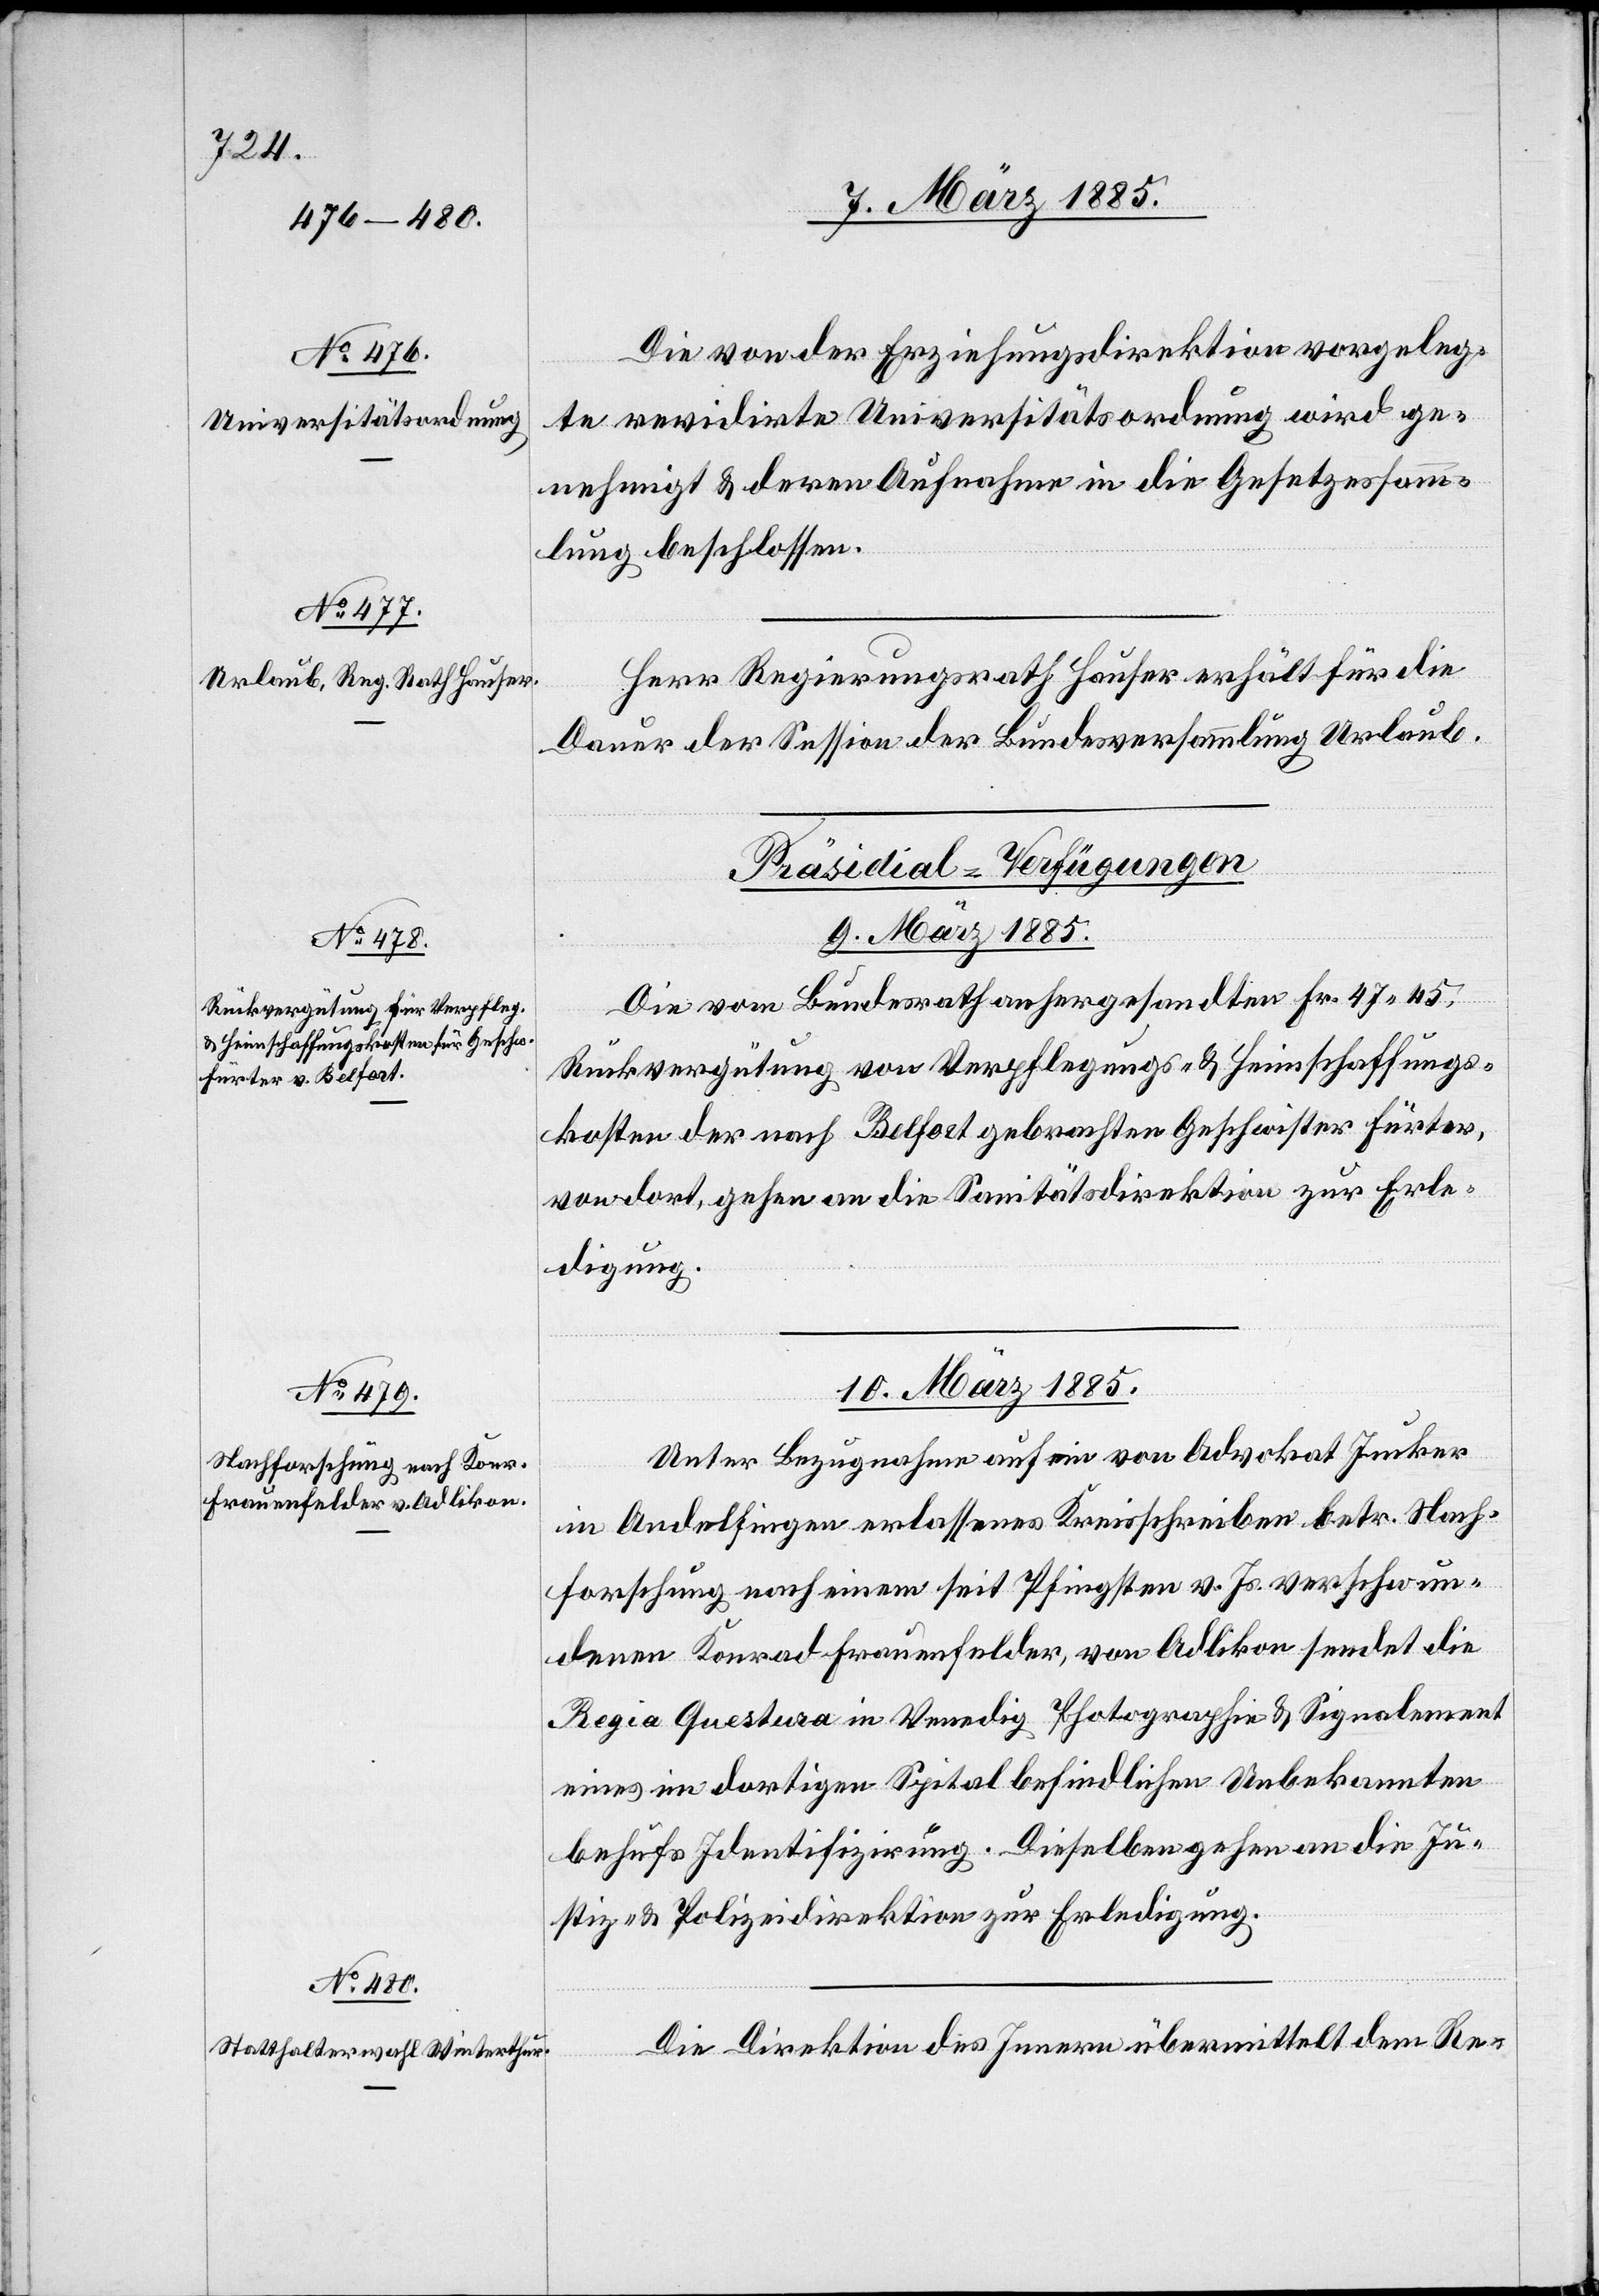
Die von der Erziehungsdirektion vorgeleg¬
te revidirte Universitätsordnung wird ge¬
nehmigt & deren Aufnahme in die Gesetzessamm¬
lung beschlossen.
Herr Regierungsrath Hauser erhält für die
Dauer der Session der Bundesversammlung Urlaub.
[Präsidial-Verfügungen
9. März 1885.
Die vom Bundesrath anhergesandten Fr. 47 45,
Rückvergütung von Verpflegungs- & Heimschaffungs¬
kosten der nach Belfort gebrachten Geschwister Fürter,
von dort, gehen an die Sanitätsdirektion zur Erle¬
digung.
10. März 1885.]
Unter Bezugnahme auf ein von Advokat Jucker
in Andelfingen erlassenes Kreisschreiben betr. Nach¬
forschung nah einem seit Pfingsten v. Js. verschwun¬
denen Konrad Frauenfelder, von Adlikon sendet die
Regia Questura in Venedig Photographie & Signalement
eines im dortigen Spital befindlichen Unbekannten
behufs Identifizirung. Dieselben gehen an die Ju¬
stiz- & Polizeidirektion zur Erledigung.
Die Direktion des Innern übermittelt dem Re-